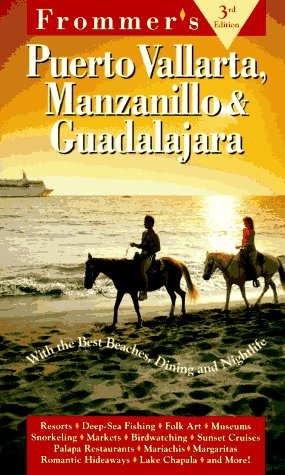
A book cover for Frommer's Puerto Vallarta, Manzanillo & Guadalajara 1996-97; Marita Adair; Travel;